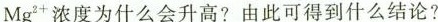
Mg^{2+}浓度为什么会升高？由此可得到什么结论？